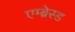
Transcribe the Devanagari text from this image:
एम्ब्रेस्ड